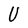
Character: U